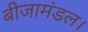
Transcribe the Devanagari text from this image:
बीजामंडल।